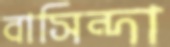
বাসিন্দা